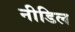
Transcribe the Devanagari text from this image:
नीडिल